Scientific memoirs by medical officers of the Army of India - Part II,
Year: 1886
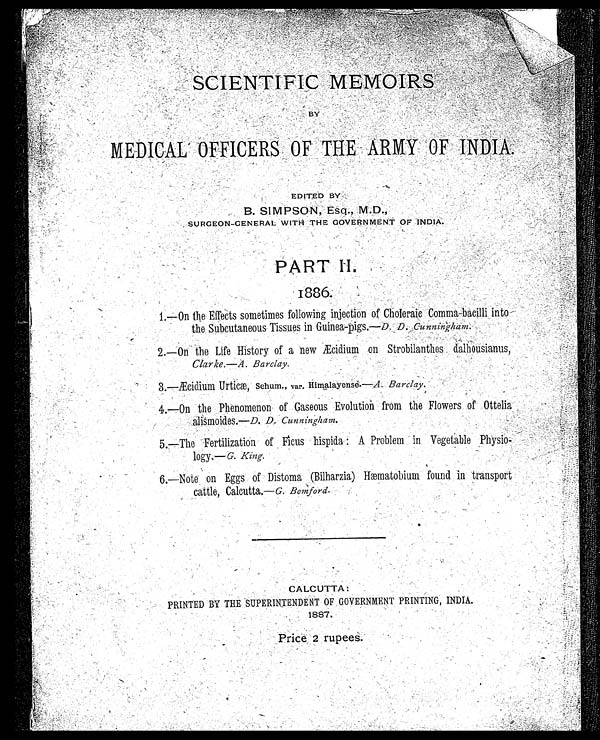
BY MEDICAL OFFICERS OF THE ARMY OF INDIA.
EDITED BY
B. SIMPSON, Esq., M.D.,
SURGEON-GENERAL WITH THE GOVERNMENT OF INDIA.
PART II.
1886
.
1.—On the Effects sometimes following injection of Choleraic Comma-bacilli into
the Subcutaneous Tissues in Guinea-pigs.—D. D. Cunningham.
2.—On the Life History of a new Æcidium on Strobilanthes dalhousianus,
Clarke.—A. Barclay.
3.—Æcidium Urticæ, Schum., var. Himalayense.—A. Barclay.
4.—On the Phenomenon of Gaseous Evolution from the Flowers of Ottelia
alismoides.—D. D. Cunningham
.
5.—The Fertilization of Ficus hispida: A Problem in Vegetable Physio-
logy.—G. King
.
6.—Note on Eggs of Distoma (Bilharzia) Hæmatobium, found in transport c a t t l e , C a l c u t t a . —
G . B o m f o r d .
CALCUTTA:
PRINTED BY THE SUPERINTENDENT OF GOVERNMENT PRINTING, INDIA.
1887.